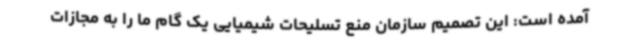
آمده است: این تصمیم سازمان منع تسلیحات شیمیایی یک گام ما را به مجازات